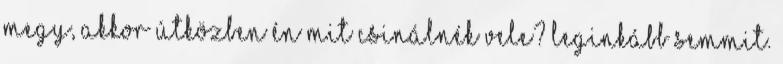
megy, akkor útközben én mit csinálnék vele? Leginkább semmit.